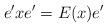
LaTeX: \begin{align*}e' x e' =E(x) e'\end{align*}